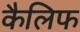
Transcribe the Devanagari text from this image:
कैलिफ